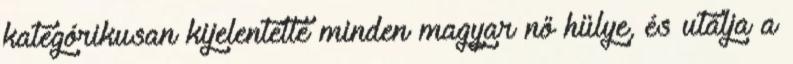
kategórikusan kijelentette minden magyar nő hülye, és utálja a